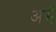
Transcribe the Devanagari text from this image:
अर्मे